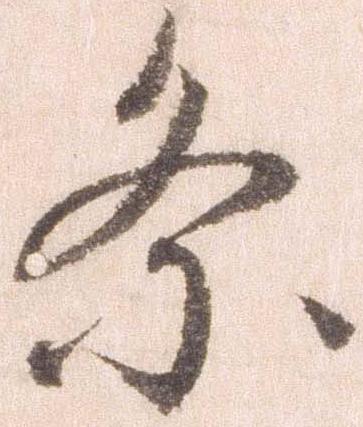
条